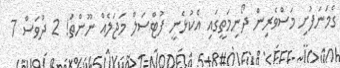
ގެމަނަފުށި މަސްވެރިން ދޯނިމަތީގައި އެކުޅެނީ ފުޓްސަލް މަޖަލެއް ނޫންތަ! 2 ދުވަސް 7